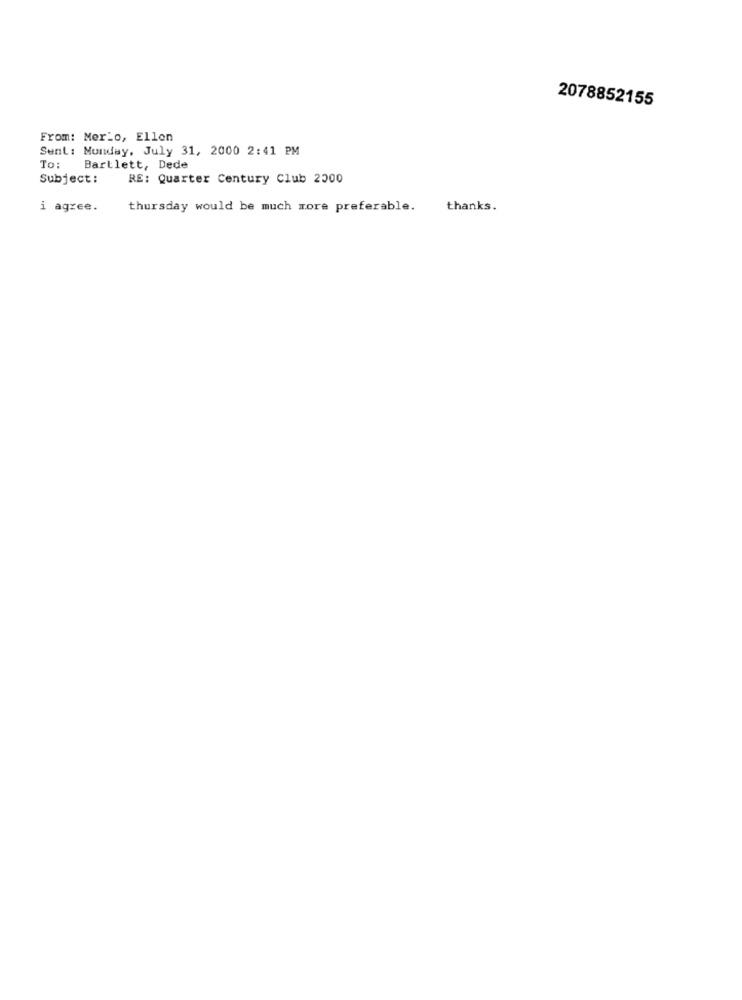
2078852155
From: Merlo, Ellen
Sent : Monday, July 31, 2000 2:41 PM
To: Bartlett, Dede
Subject:
RE: Quarter Century Club 2000
i agree.
thursday would be much more preferable.
thanks.